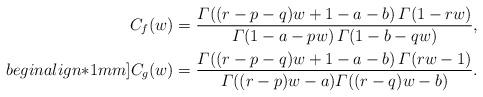
LaTeX: \begin{align*} C_f(w) &= \frac{\varGamma((r-p-q)w+1-a-b)\, \varGamma(1-r w)}{\varGamma(1-a-p w)\, \varGamma(1-b-q w)}, \\begin{align*}1mm] C_g(w)&= \frac{\varGamma((r-p-q)w+1-a-b) \, \varGamma(r w-1)}{\varGamma((r-p)w-a) \varGamma((r-q)w-b)}. \end{align*}